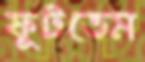
ফুটতেম